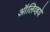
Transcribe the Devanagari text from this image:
ऑलिव्हये